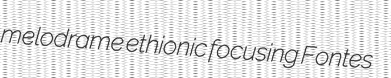
melodrame ethionic focusing Fontes